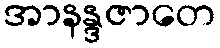
အာနန္ဒဇာတေ